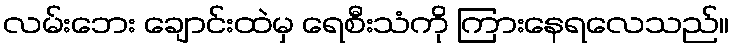
လမ်းဘေး ချောင်းထဲမှ ရေစီးသံကို ကြားနေရလေသည်။